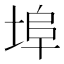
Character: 埠